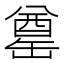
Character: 𮉶